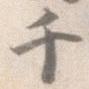
千